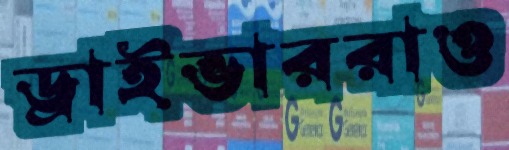
ড্রাইভাররাও